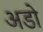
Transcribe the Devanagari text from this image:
अडो